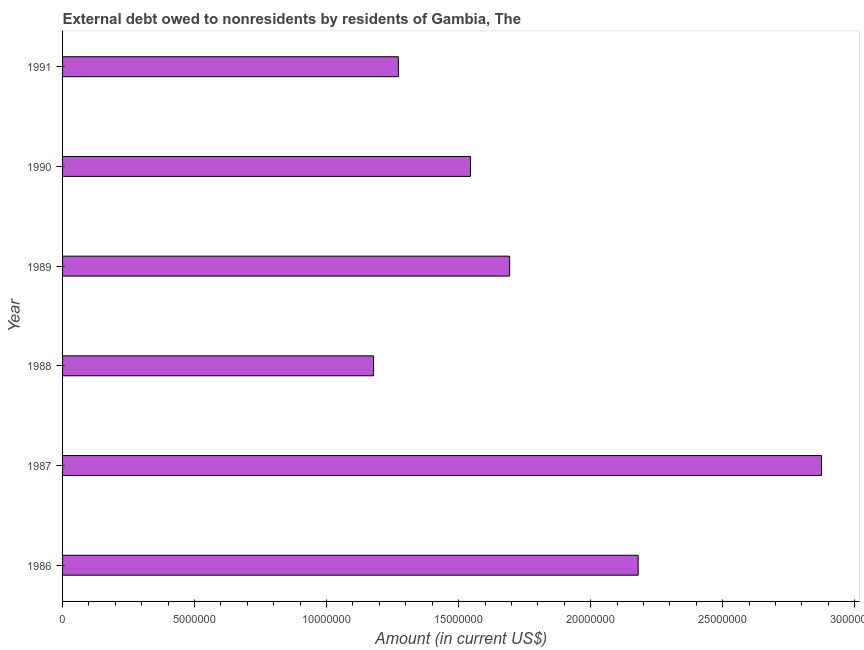
| Year | Debt |
 | --- | --- |
 | 1986 | 2.18e+07 |
 | 1987 | 2.87e+07 |
 | 1988 | 1.18e+07 |
 | 1989 | 1.69e+07 |
 | 1990 | 1.55e+07 |
 | 1991 | 1.27e+07 |